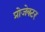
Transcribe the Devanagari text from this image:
प्रोजेक्‍टर